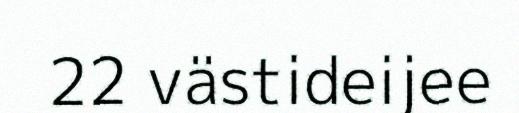
22 västideijee